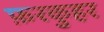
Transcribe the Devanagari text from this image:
फ़रकुहर